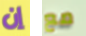
إن مع